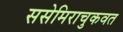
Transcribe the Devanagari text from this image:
ससेमिराचुकवत